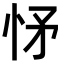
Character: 𢘕